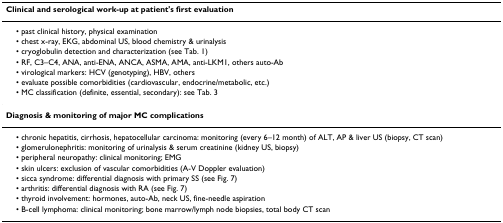
| Clinical and serological work-up at patient's first evaluation |
 | --- |
 | • past clinical history, physical examination |
 | • chest x-ray, EKG, abdominal US, blood chemistry & urinalysis |
 | • cryoglobulin detection and characterization (see Tab. 1) |
 | • RF, C3–C4, ANA, anti-ENA, ANCA, ASMA, AMA, anti-LKM1, others auto-Ab |
 | • virological markers: HCV (genotyping), HBV, others |
 | • evaluate possible comorbidities (cardiovascular, endocrine/metabolic, etc.) |
 | • MC classification (definite, essential, secondary): see Tab. 3 |
 | Diagnosis & monitoring of major MC complications |
 | • chronic hepatitis, cirrhosis, hepatocellular carcinoma: monitoring (every 6–12 month) of ALT, AP & liver US (biopsy, CT scan) |
 | • glomerulonephritis: monitoring of urinalysis & serum creatinine (kidney US, biopsy) |
 | • peripheral neuropathy: clinical monitoring; EMG |
 | • skin ulcers: exclusion of vascular comorbidities (A-V Doppler evaluation) |
 | • sicca syndrome: differential diagnosis with primary SS (see Fig. 7) |
 | • arthritis: differential diagnosis with RA (see Fig. 7) |
 | • thyroid involvement: hormones, auto-Ab, neck US, fine-needle aspiration |
 | • B-cell lymphoma: clinical monitoring; bone marrow/lymph node biopsies, total body CT scan |